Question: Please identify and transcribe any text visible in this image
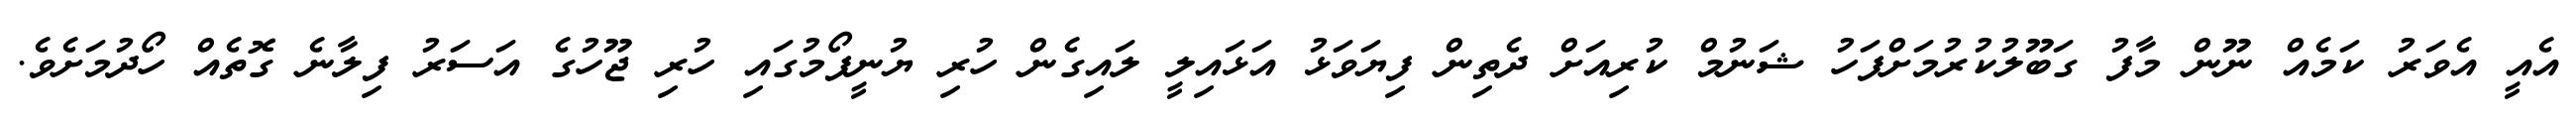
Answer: އެއީ އެވަރު ކަމެއް ނޫން މާފު ގަބޫލުކުރުމަށްފަހު ޝަނުމް ކުރިއަށް ދެތިން ފިޔަވަޅު އަޅައިލީ ލައިގެން ހުރި ޔުނީފޯމުގައި ހުރި ޖޫހުގެ އަސަރު ފިލާނެ ގޮތެއް ހޯދުމަށެވެ.